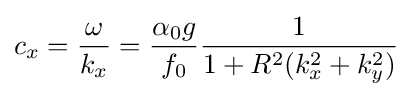
c_{x}={\omega  \over k_{x}}={\alpha _{0}g \over f_{0}}{1 \over 1+R^{2}(k_{x}^{2}+k_{y}^{2})}